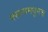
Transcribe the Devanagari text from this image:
क्सायमधूनच